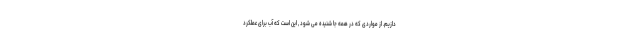
دازیم. از مواردی که در همه جا شنیده می شود , این است که آب برای عملکرد